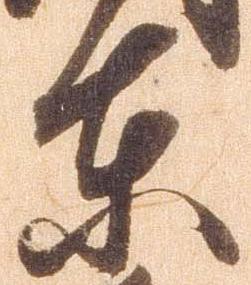
東